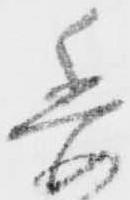
委